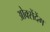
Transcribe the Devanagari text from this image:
ओक्सेंदेंग